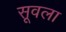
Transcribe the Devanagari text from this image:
सूवला